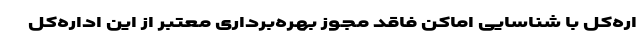
اره‌کل با شناسایی اماکن فاقد مجوز بهره‌برداری معتبر از این اداره‌کل